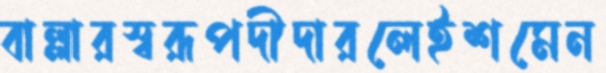
বাল্লারস্বরূপদীদারলেইশমেন